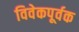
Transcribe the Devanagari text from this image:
विवेकपूर्वक